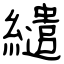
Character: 繾